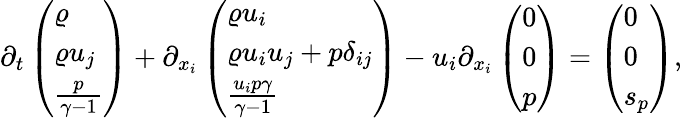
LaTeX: \begin{array}{r}{\partial_{t}\left(\begin{array}{l}{\varrho}\\ {\varrho u_{j}}\\ {\frac{p}{\gamma-1}}\end{array}\right)+\partial_{x_{i}}\left(\begin{array}{l}{\varrho u_{i}}\\ {\varrho u_{i}u_{j}+p\delta_{ij}}\\ {\frac{u_{i}p\gamma}{\gamma-1}}\end{array}\right)-u_{i}\partial_{x_{i}}\left(\begin{array}{l}{0}\\ {0}\\ {p}\end{array}\right)=\left(\begin{array}{l}{0}\\ {0}\\ {s_{p}}\end{array}\right),}\end{array}